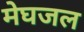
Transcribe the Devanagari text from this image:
मेघजल